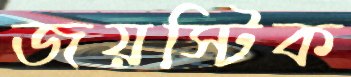
জয়স্টিক